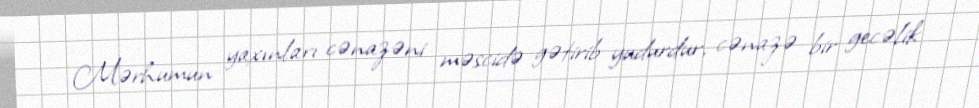
Mərhumun yaxınları cənazəni məscidə gətirib yudurdur, cənazə bir gecəlik